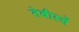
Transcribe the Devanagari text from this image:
तेबीस्वें